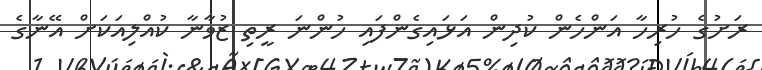
ރަށުގެ ހުރިހާ އަންހެން ކުދިން އަޅައިގެންފައި ހުންނަ ރީތި ޒުވާނާ ކުއްލިއަކަށް އޭނާގެ